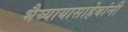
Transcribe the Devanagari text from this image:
भैय्यायासाहेबांनी